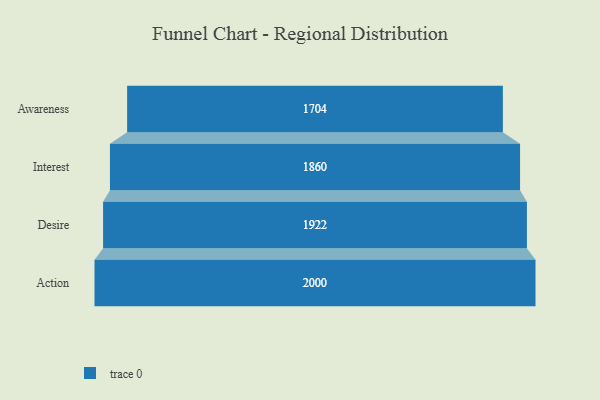
{"axis": {"x": "Stage", "y": "Value"}, "legend": [""], "data": [{"x": "Awareness", "y": 1704.0, "type": ""}, {"x": "Interest", "y": 1860.0, "type": ""}, {"x": "Desire", "y": 1922.0, "type": ""}, {"x": "Action", "y": 2000, "type": ""}]}